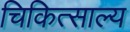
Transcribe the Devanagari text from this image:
चिकित्साल्य